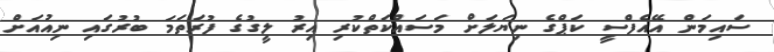
ސައިމަން އޭއެފްސީ ކަޕްގެ ނިޔަލަށް މަސައްކަތްކުރި އިރު ލީގުގެ ފުރަތަމަ ބުރުގައި ނިއުއަށް